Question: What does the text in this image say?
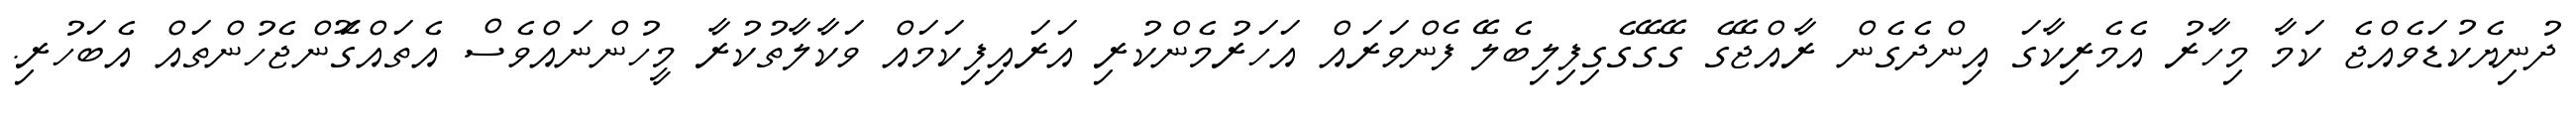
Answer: ދުނިޔެކުޑަވެއްޖެ ކަމާ މިހާރު އެމެރިކާގަ އިންދެގެން ރާއްޖޭގެ ގޭގޭގެގިފިލިބެލޭ ފެންވަރައް އަހަރުމެންކުރި އަރައިފިކަމައް ވަކާލާތުކުރާ މީހުންނައްވެސް އެތައްގޮަންޖެހުންތައް އެބަހުރި.